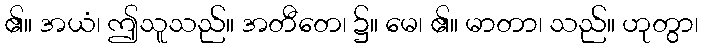
၏။ အယံ၊ ဤသူသည်။ အတီတေ၊ ၌။ မေ၊ ၏။ မာတာ၊ သည်။ ဟုတွာ၊